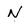
Character: N